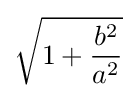
{\sqrt {1+{\frac {b^{2}}{a^{2}}}}}